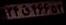
۲۴ق۴۶۶۵۳